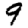
Digit: 9